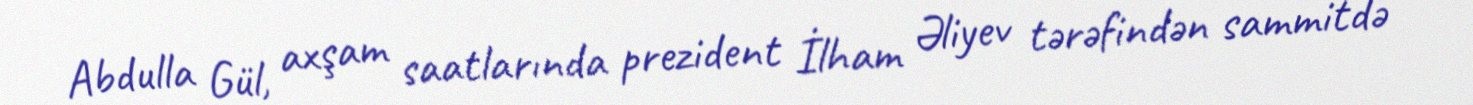
Abdulla Gül, axşam saatlarında prezident İlham Əliyev tərəfindən sammitdə